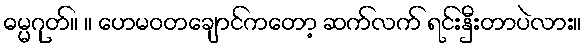
ဓမ္မဂုတ်။ ။ ဟေမဝတချောင်ကတော့ ဆက်လက် ရင်းနှီးတာပဲလား။